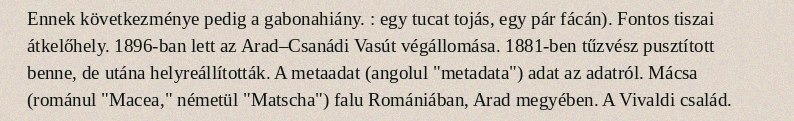
Ennek következménye pedig a gabonahiány. : egy tucat tojás, egy pár fácán). Fontos tiszai átkelőhely. 1896-ban lett az Arad–Csanádi Vasút végállomása. 1881-ben tűzvész pusztított benne, de utána helyreállították. A metaadat (angolul "metadata") adat az adatról. Mácsa (románul "Macea," németül "Matscha") falu Romániában, Arad megyében. A Vivaldi család.